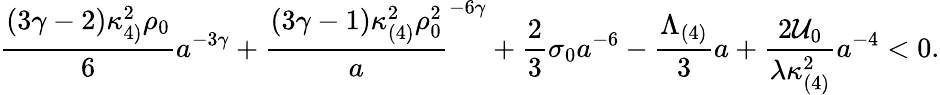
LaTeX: \frac{(3\gamma-2)\kappa_{4)}^{2}\rho_{0}}{6}a^{-3\gamma}+\frac{(3\gamma-1)\kappa_{(4)}^{2}\rho_{0}^{2}}a^{-6\gamma}+\frac{2}{3}\sigma_{0}a^{-6}-\frac{\Lambda_{(4)}}{3}a+\frac{2{\cal U}_{0}}{\lambda\kappa_{(4)}^{2}}a^{-4}<0.